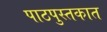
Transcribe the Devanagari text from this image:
पाठपुस्तकात